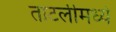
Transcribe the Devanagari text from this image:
ताटलीमध्ये